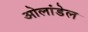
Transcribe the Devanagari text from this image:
ओलांडेल